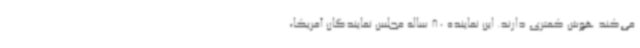
می‌کند هوش کمتری دارند. این نماینده 80 ساله مجلس نمایندگان آمریکا،